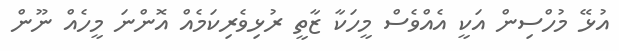
އުޅޭ މުހްސިން އަކީ އެއްވެސް މީހަކާ ޒާތީ ރުޅިވެރިކަމެއް އޮންނަ މީހެއް ނޫން